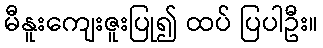
မီနူးကျေးဇူးပြု၍ ထပ် ပြပါဦး။